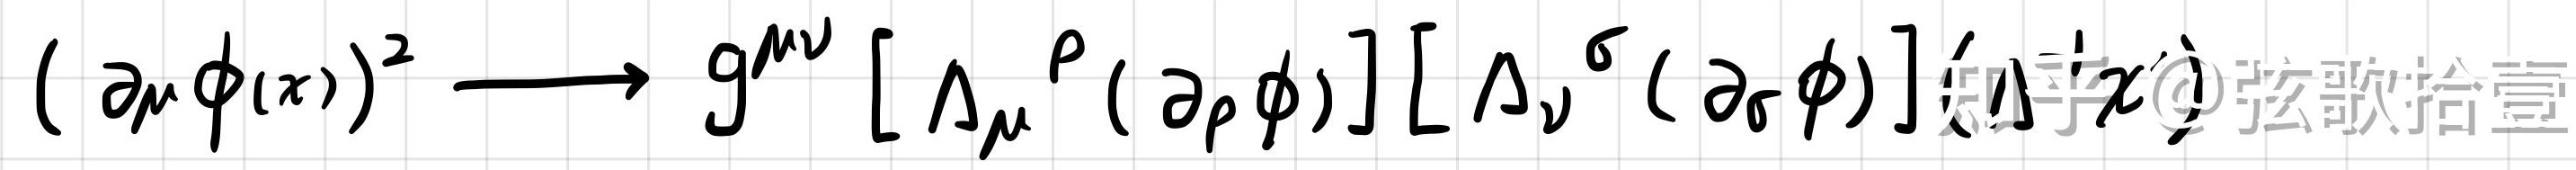
$(\partial_{\mu}\phi(x))^{2} \longrightarrow g^{\mu\nu} \left[\Lambda_{\mu}{}^{\rho}(\partial_{\rho}\phi)\right]\left[\Lambda_{\nu}{}^{\sigma}(\partial_{\sigma}\phi)\right]$